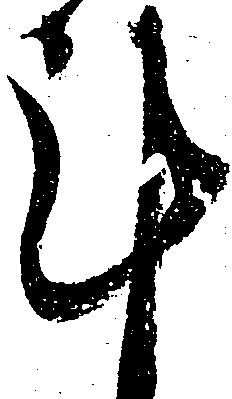
計